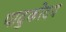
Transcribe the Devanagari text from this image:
पादुकोदय